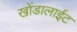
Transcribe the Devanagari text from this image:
खोंडालाईट